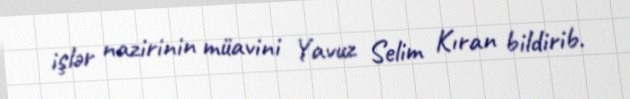
işlər nazirinin müavini Yavuz Selim Kıran bildirib.